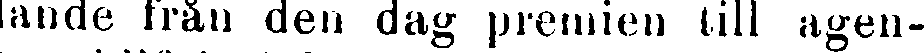
lande från den dag premien till agen-